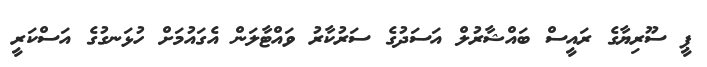
ޕީ ސޫރިޔާގެ ރައީސް ބައްޝާރުލް އަސަދުގެ ސަރުކާރު ވައްޓާލަން އެގައުމަށް ހުޅަނގުގެ އަސްކަރީ